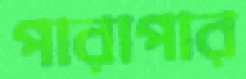
পারাপার